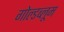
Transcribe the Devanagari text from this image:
गोल्डब्लूम